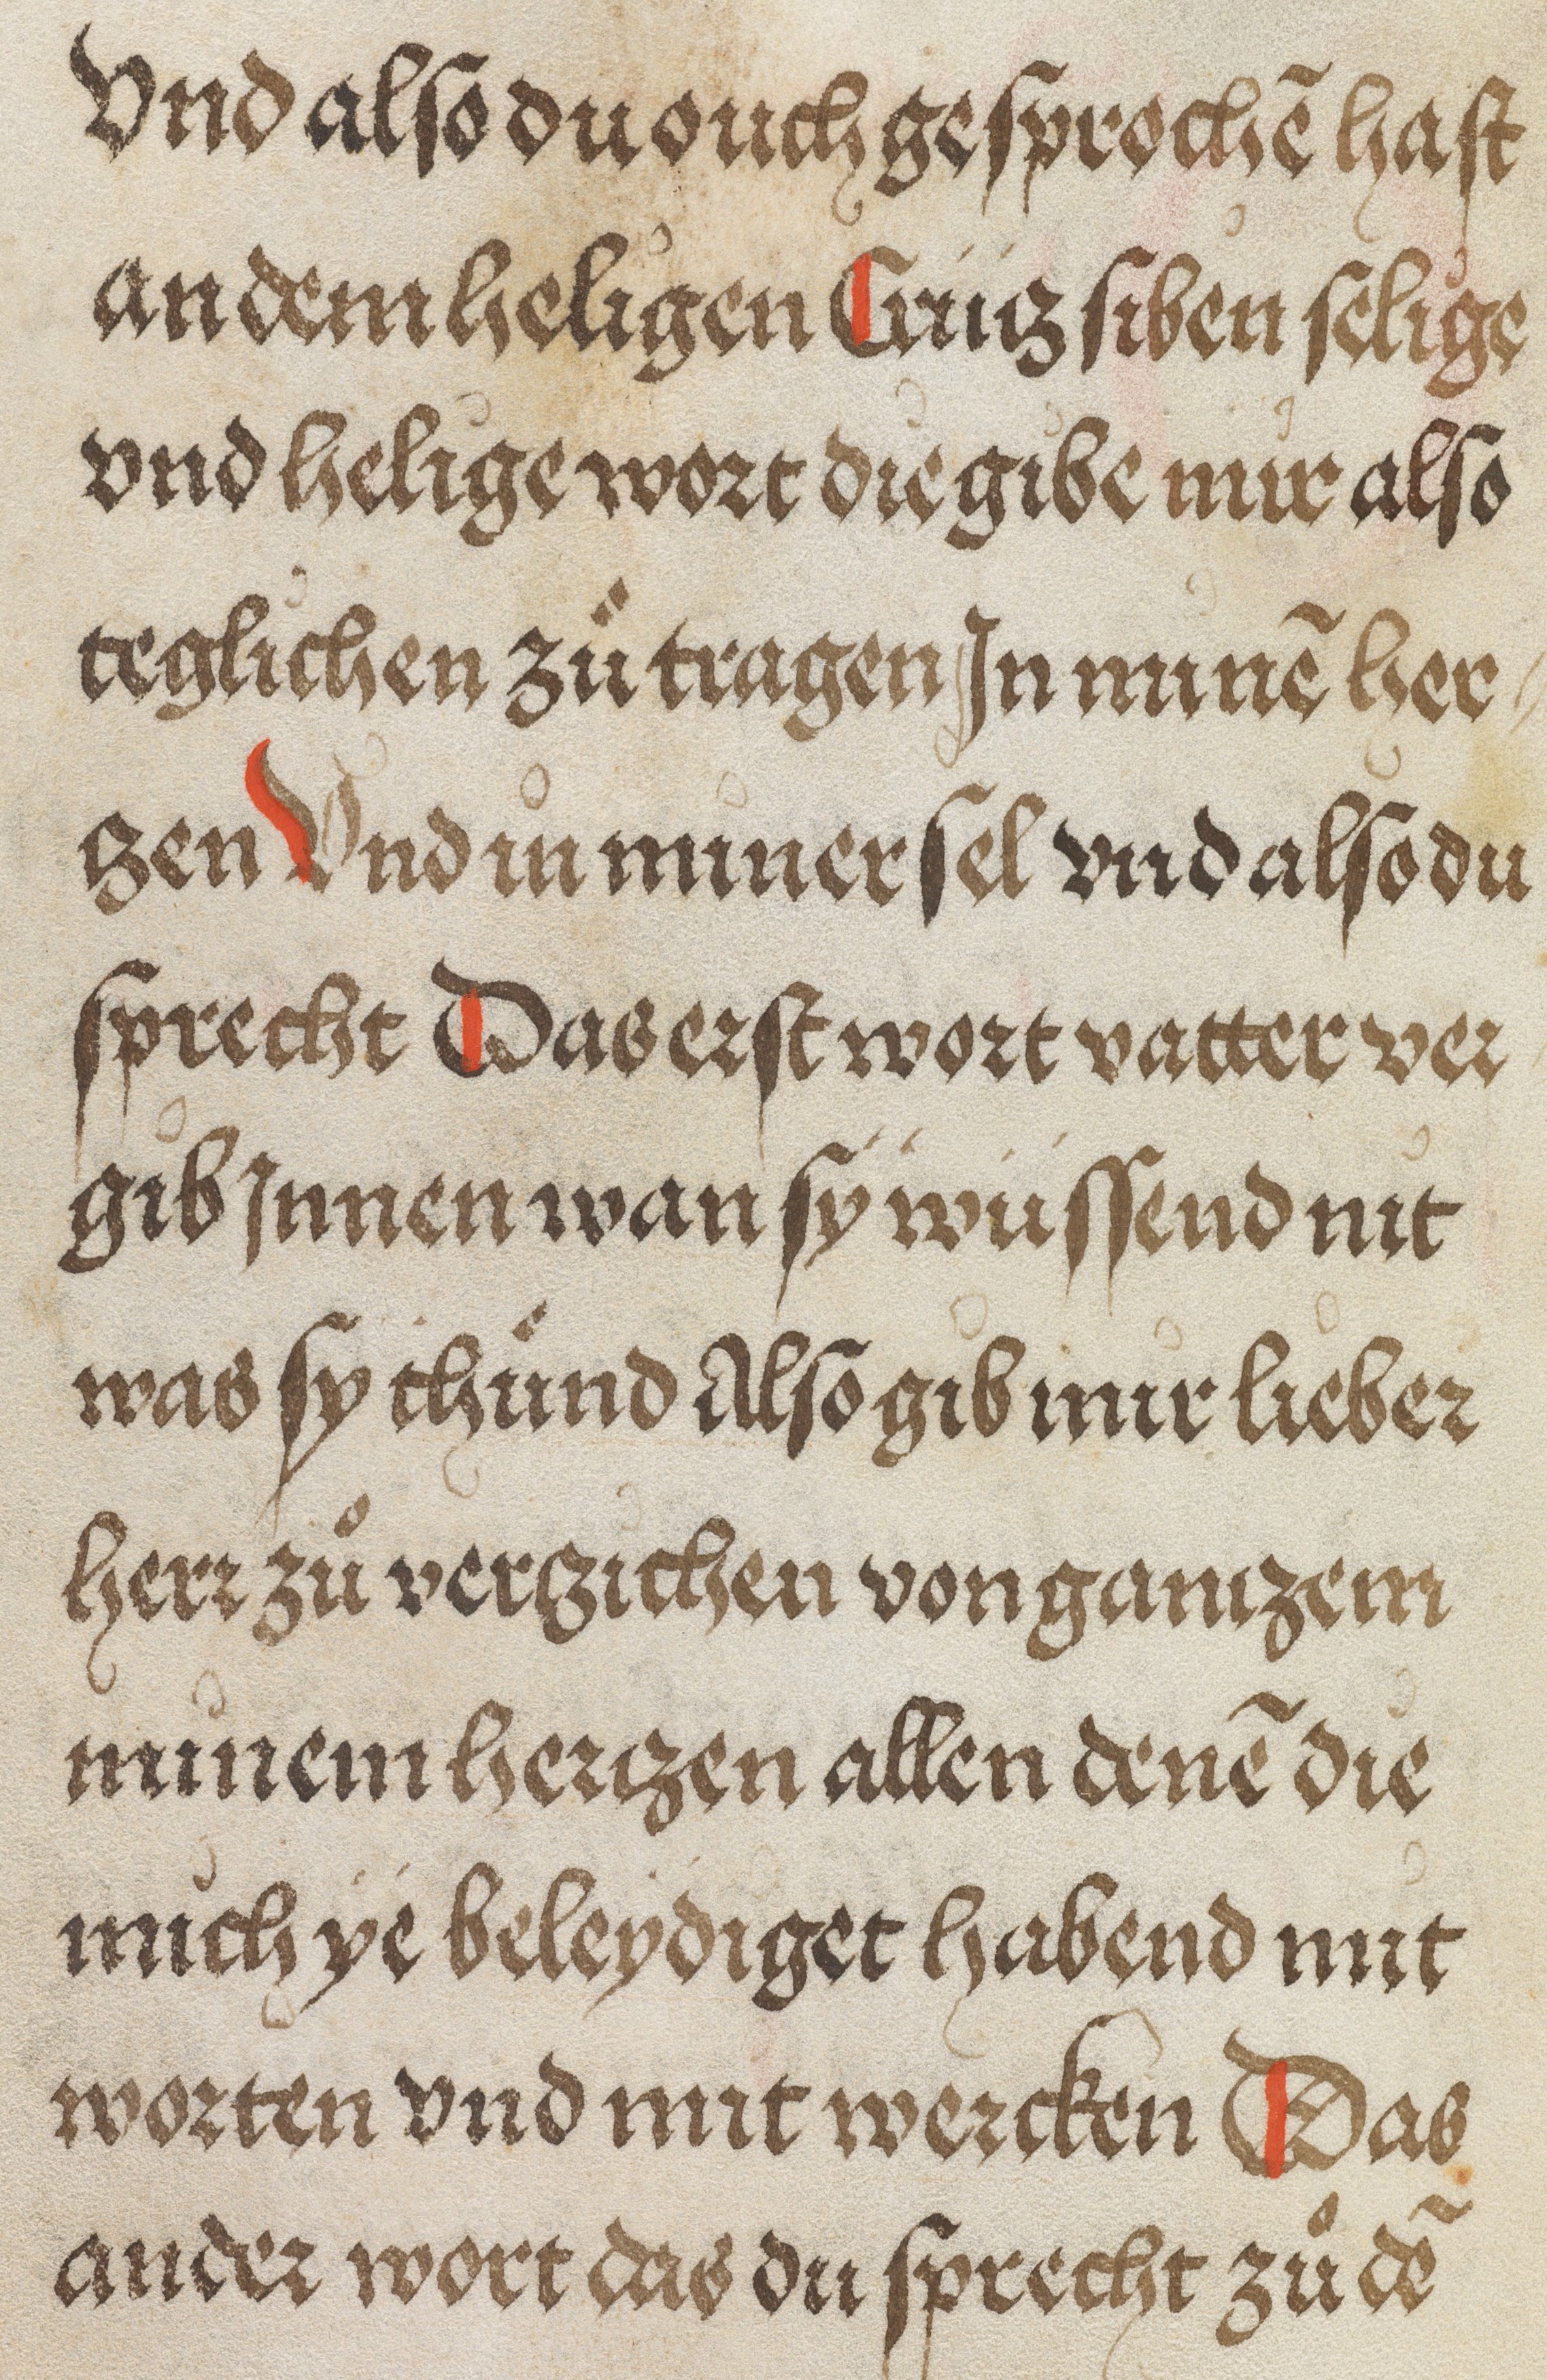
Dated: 1500–1530